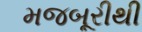
મજબૂરીથી